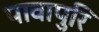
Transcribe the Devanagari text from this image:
पावापुरि